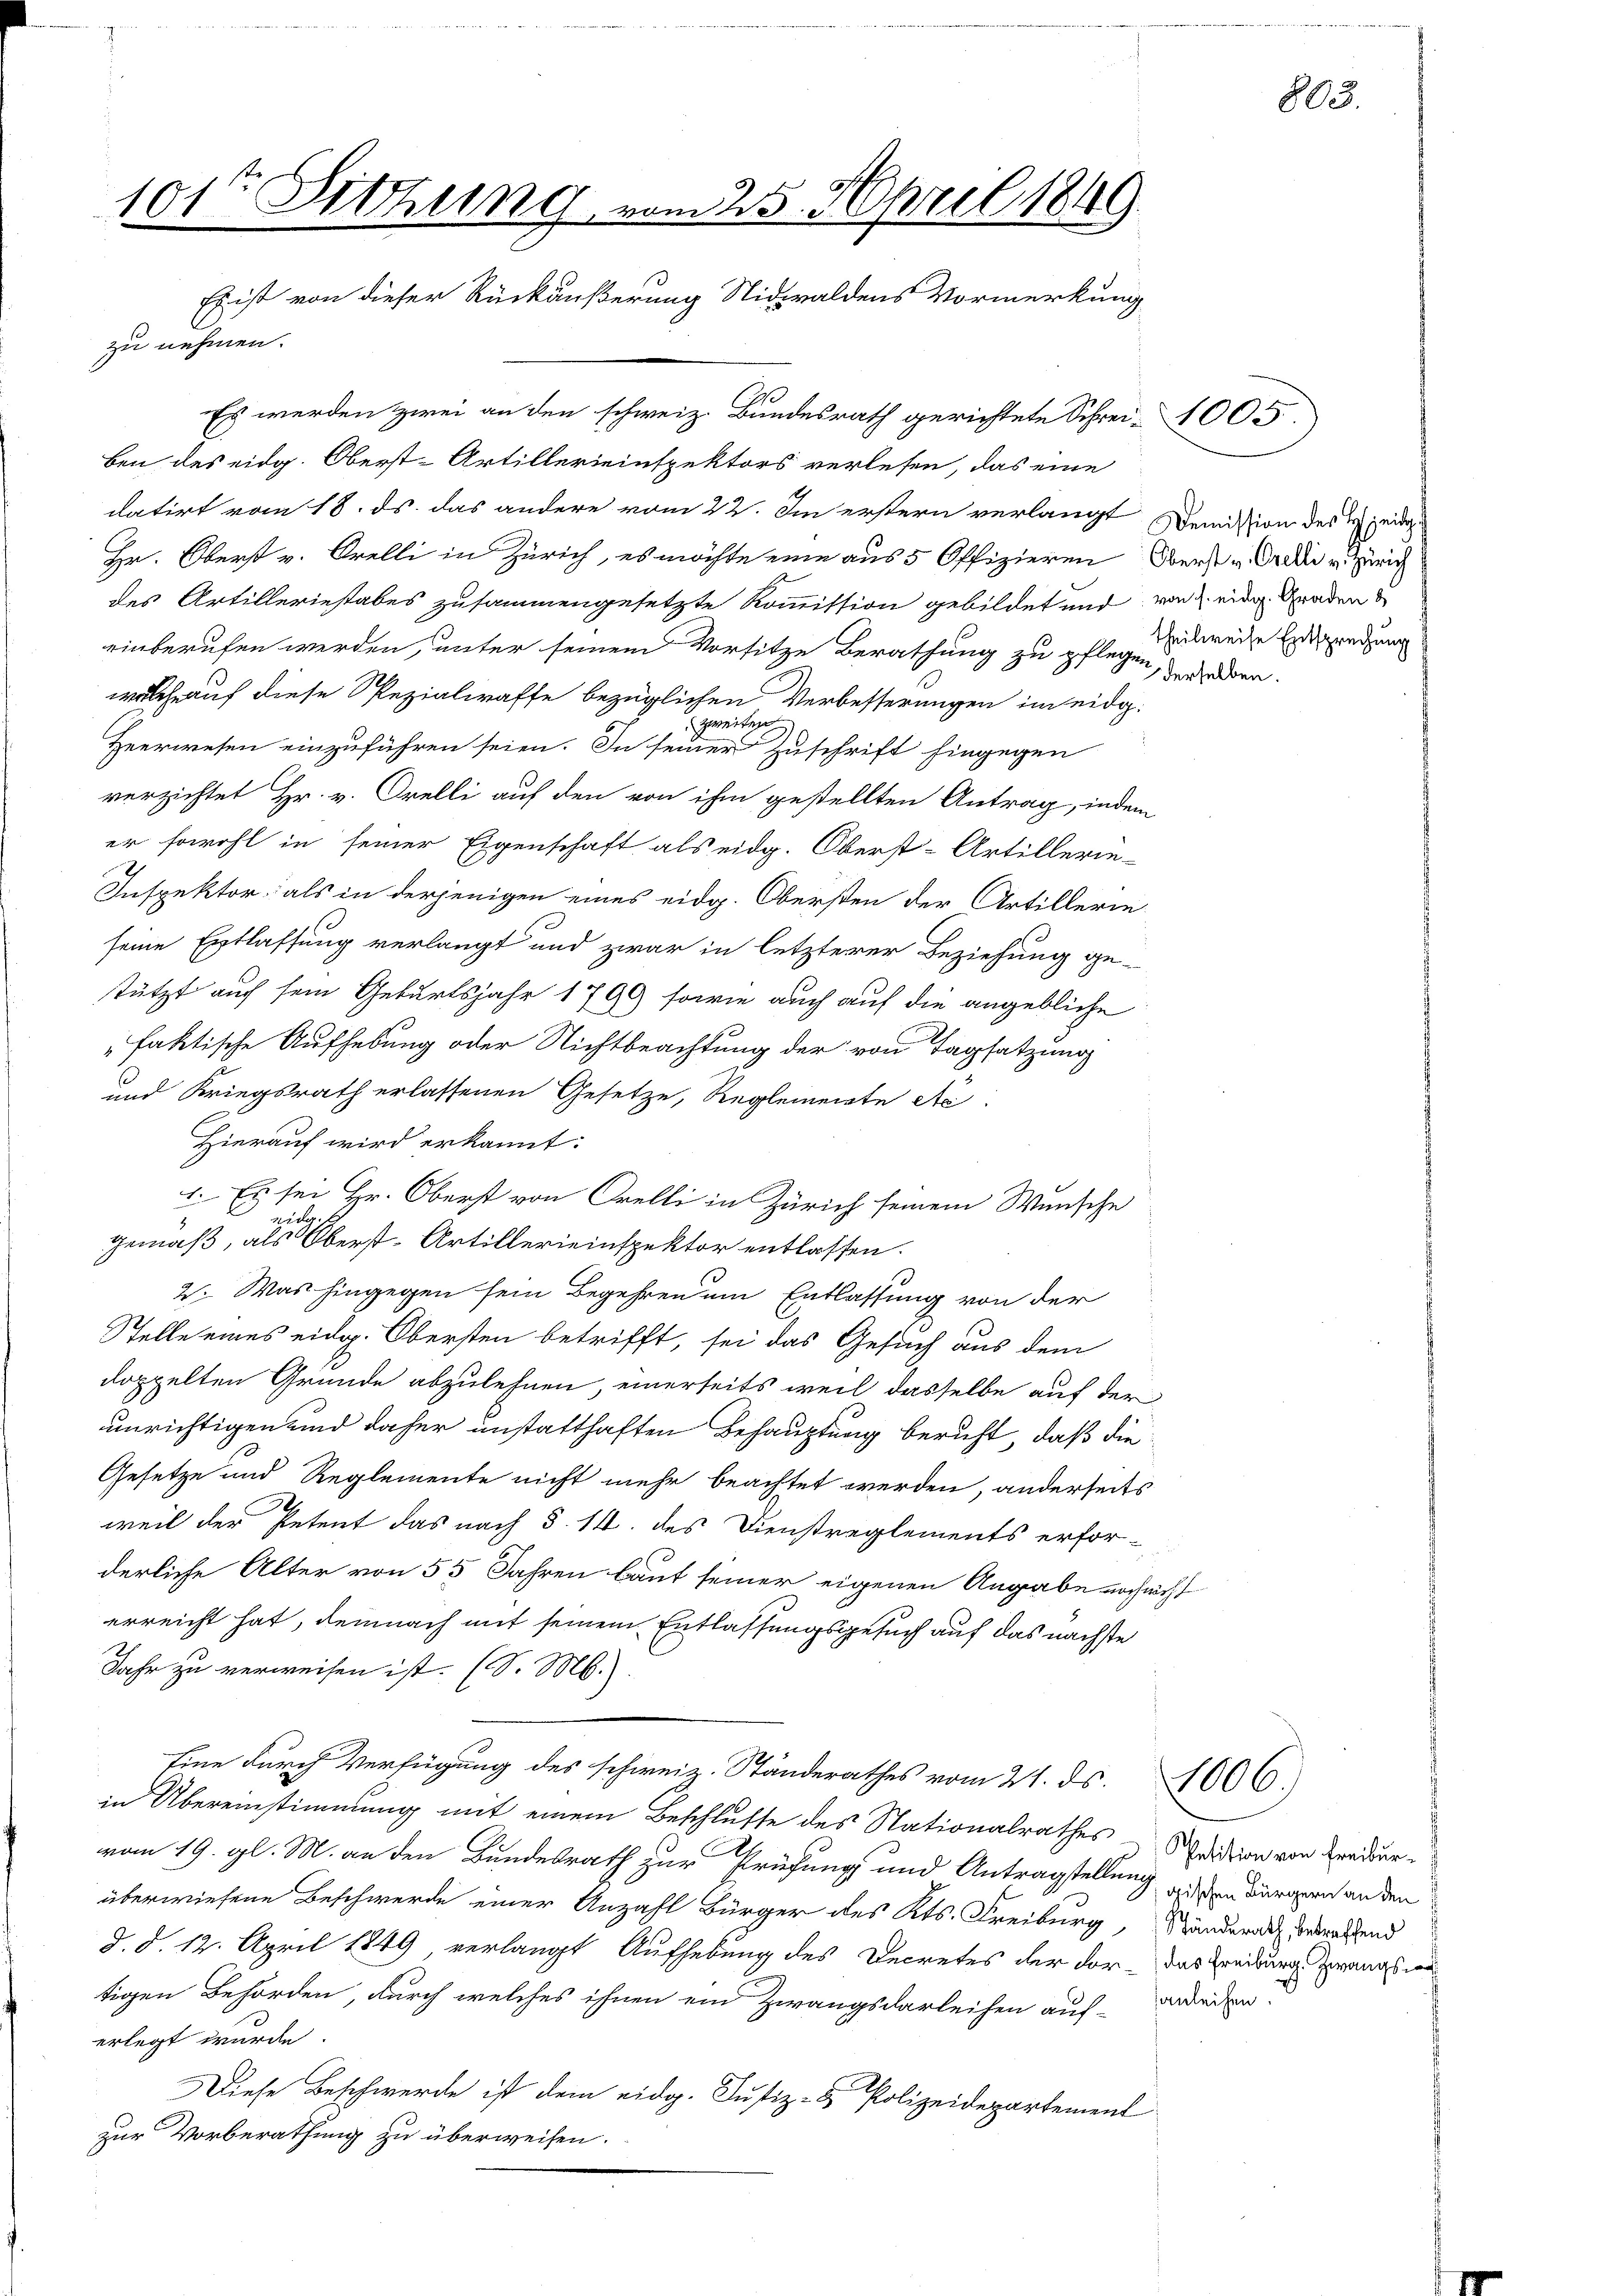
zu nehmen.
1
Es werden zwei an den schweiz. Bundesrath gerichtete Schrei- 1005.
ben des eidg. Oberst-Artillerieinspektors verlesen, das eine
datirt vom 18. ds. das andere vom 22. In erstern verlangt Demission des H. zeidige
Hr. Oberst v. Orelli in Zürich, es möchte eine aus 5 Offizieren Oberst v. Ordi u Zürich
des Artilleriestabes zusammengesetzte Kommission gebildet und von d. eine Graden
einberufen werden, unter seinem Vorsitze Berathung zu pflegen, der haben.
welche auf diese Spezialraffe bezüglichen Verbesserungen im eidg.
zweiten
Heerwesen einzuführen seien. In seiner Zuschrift hingegen
verzichtet Hr. v. Orelli auf den von ihm gestellten Antrag, indem
er sowohl in seiner Eigenschaft als eidg. Oberst-Artillerie-
Inspektor als in derjenigen eines eidg. Obersten der Artillerie
1
seine Entlassung verlangt und zwar in letzterer Beziehung ge-
stützt auf sein Geburtsjahr 1799 sowie auch auf die angebliche
"faktische Aufhebung oder Nichtbeachtung der von Tagsatzung
und Kriegsrath erlassenen Gesetze, Reglemente Ac
Hierauf wird erkannt:
1. Es sei Hr. Oberst von Orelli in Zürich seinem Wunsche
g
7
gemäß, als Oberst-Artillerieinspektor entlassen.
2. Was hingegen sein Begehren um Entlassung von der
Stelle eines eidg. Obersten betrifft, sei das Gesuch aus dem
doppelten Gründe abzulehnen, einerseits weil dasselbe auf der
unrichtigen und daher unstatthaften Behauptung beruht, daß die
Gesetze und Reglemente nicht mehr beachtet werden, anderseits
weil der Petent das nach §. 14. des Dienstreglements erfor-
derliche Alter von 55 Jahren laut seiner eigenen Angabe noch nicht
erreicht hat, demnach mit seinem Entlassungsgesuch auf das nächste
Jahr zu verweisen ist. (S. Ms.).
Eine durch Verfügung des schweiz. Ständerathes vom 21. ds. 606.
in Übereinstimmung mit einem Beschlusse des Nationalrathes - Seiden von Kreidervom 19. gl. M. an den Bundesrath zur Prüfung und Antragstellung von Bürgern an den
überwiesene Beschwerde einer Anzahl Bürger des Kts. Freiburg, Randerath verwaltend
d. d. 12. April 1849 verlangt Aufhebung des Decretes der der - das Freiburg sprangs in
tigen Behörden, durch welches ihnen ein Zwangsdarleihen auf-Breden
erlegt wurde.
Diese Beschwerde ist dem eidg. Justiz- & Polizeidepartement
zur Vorberathung zu überweisen.

191te Sitzung vom 25. April 1849.
Es ist von dieser Rückäußerung Nidwaldens Vormerkung

theilweise Entsprechung

803.